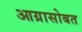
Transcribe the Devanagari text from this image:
आग्रासोबत